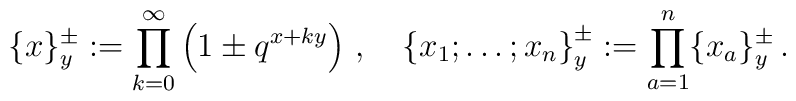
\{x\}_{y}^{\pm }:=\prod\limits_{k=0}^{\infty }\left( 1\pm q^{x+ky}\right)\,,\quad \left\{ x_{1};\ldots ;x_{n}\right\} _{y}^{\pm}:=\prod\limits_{a=1}^{n}\{x_{a}\}_{y}^{\pm }\,.